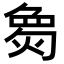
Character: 𪹌